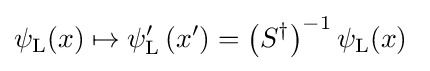
\psi _{\rm {L}}(x)\mapsto \psi _{\rm {L}}^{\prime }\left(x^{\prime }\right)=\left(S^{\dagger }\right)^{-1}\psi _{\rm {L}}(x)~